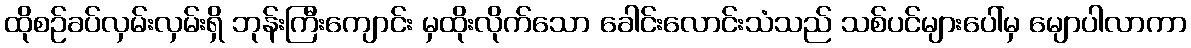
ထိုစဉ်ခပ်လှမ်းလှမ်းရှိ ဘုန်းကြီးကျောင်း မှထိုးလိုက်သော ခေါင်းလောင်းသံသည် သစ်ပင်များပေါ်မှ မျောပါလာကာ